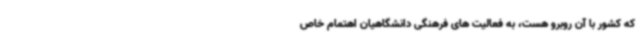
که کشور با آن روبرو هست، به فعالیت های فرهنگی دانشگاهیان اهتمام خاص